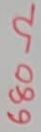
Text: 3.3KΩ